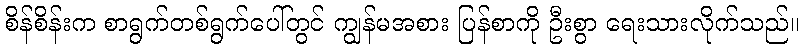
စိန်စိန်းက စာရွက်တစ်ရွက်ပေါ်တွင် ကျွန်မအစား ပြန်စာကို ဦးစွာ ရေးသားလိုက်သည်။